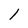
Character: 1